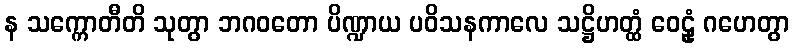
န သက္ကောတီတိ သုတွာ ဘဂဝတော ပိဏ္ဍာယ ပဝိသနကာလေ သဋ္ဌိဟတ္ထံ ဝေဠုံ ဂဟေတွာ